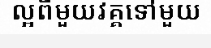
ល្អពីមួយវគ្គទៅមួយ